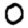
Digit: 0